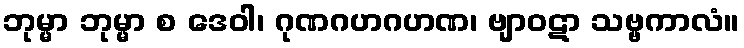
ဘုမ္မာ ဘုမ္မာ စ ဒေဝါ၊ ဂုဏဂဟဂဟဏ၊ ဗျာဝဋာ သဗ္ဗကာလံ။